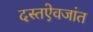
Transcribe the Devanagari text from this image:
दस्तऐवजांत